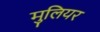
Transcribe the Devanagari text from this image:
मुलियर